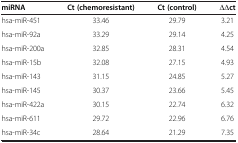
<table><thead><tr><td><b>miRNA</b></td><td><b>Ct (chemoresistant)</b></td><td><b>Ct (control)</b></td><td><b>∆∆ct</b></td></tr></thead><tbody><tr><td>hsa-miR-451</td><td>33.46</td><td>29.79</td><td>3.21</td></tr><tr><td>hsa-miR-92a</td><td>33.29</td><td>29.14</td><td>4.25</td></tr><tr><td>hsa-miR-200a</td><td>32.85</td><td>28.31</td><td>4.54</td></tr><tr><td>hsa-miR-15b</td><td>32.08</td><td>27.15</td><td>4.93</td></tr><tr><td>hsa-miR-143</td><td>31.15</td><td>24.85</td><td>5.27</td></tr><tr><td>hsa-miR-145</td><td>30.37</td><td>23.66</td><td>5.45</td></tr><tr><td>hsa-miR-422a</td><td>30.15</td><td>22.74</td><td>6.32</td></tr><tr><td>hsa-miR-611</td><td>29.72</td><td>22.96</td><td>6.76</td></tr><tr><td>hsa-miR-34c</td><td>28.64</td><td>21.29</td><td>7.35</td></tr></tbody></table>